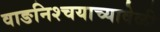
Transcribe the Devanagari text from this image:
वाङनिश्चयाच्यावेळी